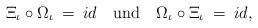
LaTeX: \begin{align*}\Xi_{\iota } \circ \Omega_{\iota } \: = \: id \quad \mbox{und} \quad \Omega_{\iota } \circ \Xi_{\iota } \: = \: id ,\end{align*}